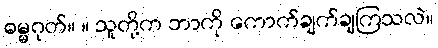
ဓမ္မဂုတ်။ ။ သူတို့က ဘာကို ကောက်ချက်ချကြသလဲ။